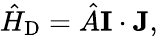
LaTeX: {\hat{H}}_{\mathrm{D}}={\hat{A}}\mathbf{I}\cdot\mathbf{J},